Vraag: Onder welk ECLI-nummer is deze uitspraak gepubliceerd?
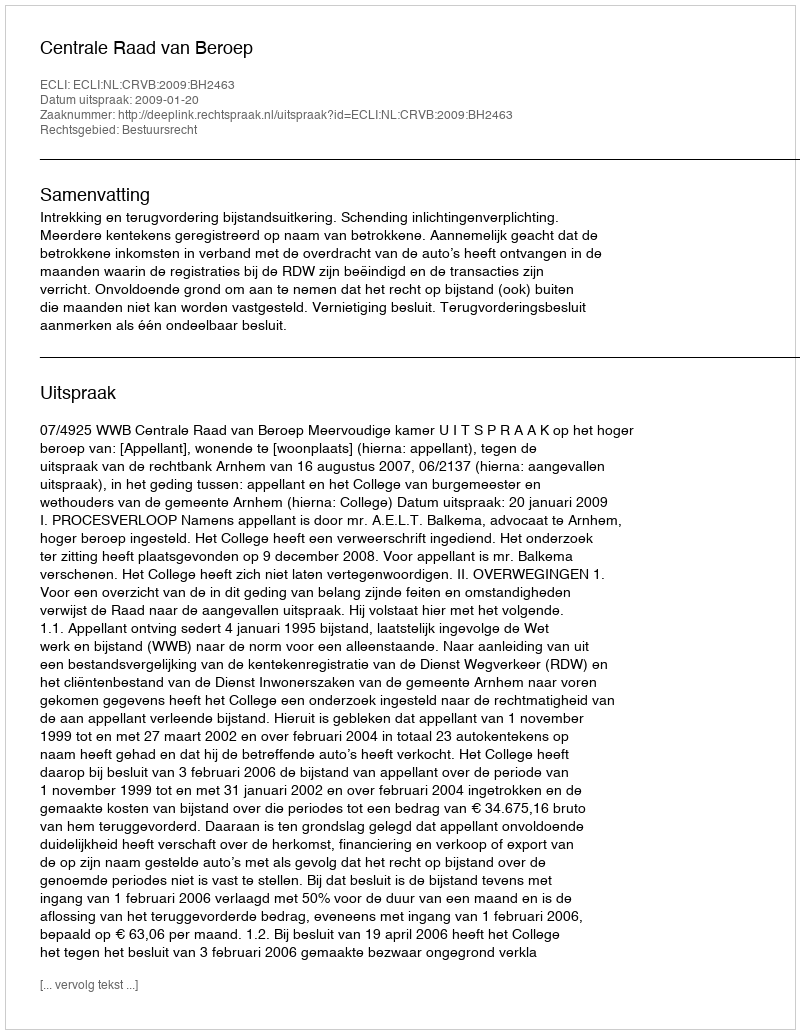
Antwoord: ECLI:NL:CRVB:2009:BH2463